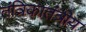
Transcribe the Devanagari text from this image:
तंत्रिकातंत्रीय